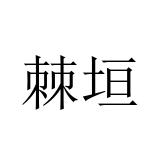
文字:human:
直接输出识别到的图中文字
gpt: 棘垣